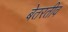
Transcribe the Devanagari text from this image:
बेतरतीव